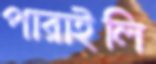
পারাইলি